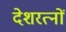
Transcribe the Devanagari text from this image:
देशरत्नों